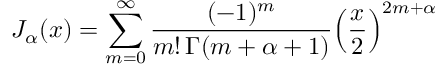
J _ { \alpha } ( x ) = \sum _ { m = 0 } ^ { \infty } { \frac { ( - 1 ) ^ { m } } { m ! \, \Gamma ( m + \alpha + 1 ) } } { \left( { \frac { x } { 2 } } \right) } ^ { 2 m + \alpha }